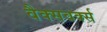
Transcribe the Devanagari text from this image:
वैक्सवर्क्स